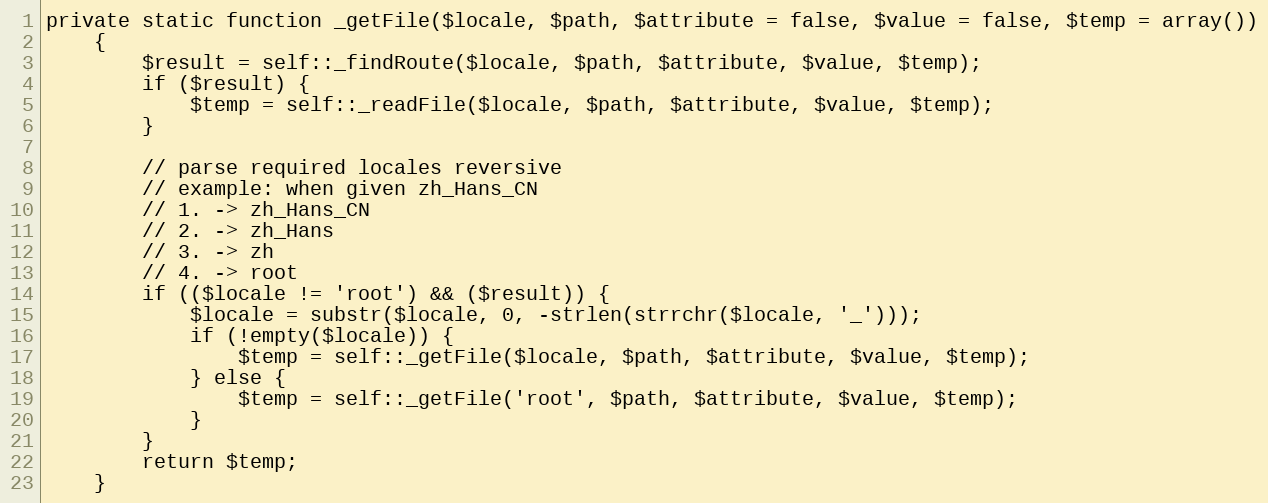
Language: PHP
private static function _getFile($locale, $path, $attribute = false, $value = false, $temp = array())
    {
        $result = self::_findRoute($locale, $path, $attribute, $value, $temp);
        if ($result) {
            $temp = self::_readFile($locale, $path, $attribute, $value, $temp);
        }

        // parse required locales reversive
        // example: when given zh_Hans_CN
        // 1. -> zh_Hans_CN
        // 2. -> zh_Hans
        // 3. -> zh
        // 4. -> root
        if (($locale != 'root') && ($result)) {
            $locale = substr($locale, 0, -strlen(strrchr($locale, '_')));
            if (!empty($locale)) {
                $temp = self::_getFile($locale, $path, $attribute, $value, $temp);
            } else {
                $temp = self::_getFile('root', $path, $attribute, $value, $temp);
            }
        }
        return $temp;
    }